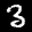
Label: 3